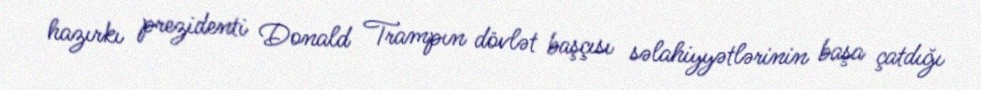
hazırkı prezidenti Donald Trampın dövlət başçısı səlahiyyətlərinin başa çatdığı